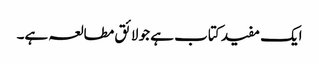
ایک مفید کتاب ہے جو لائق مطالعہ ہے۔